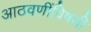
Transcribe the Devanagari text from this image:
आठवणींविषयी